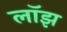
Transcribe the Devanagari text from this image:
लॉझ